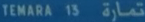
TEMARA 15